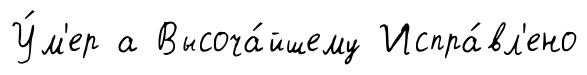
У́м'ер а Высоча́йшему Испра́вл'ено